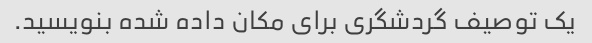
یک توصیف گردشگری برای مکان داده شده بنویسید.